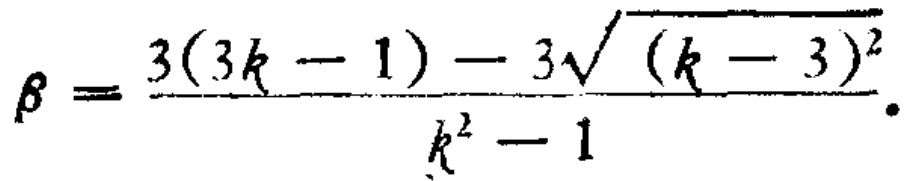
\(\beta =\frac{3(3k - 1)-3\sqrt{(k - 3)^{2}}}{k^{2}-1}.\)